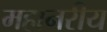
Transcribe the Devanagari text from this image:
महानरीय